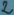
Text: 2